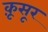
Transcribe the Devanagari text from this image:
क़ूसूर